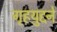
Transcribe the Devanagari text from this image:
गृहयुद्दने